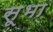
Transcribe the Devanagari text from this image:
सूभा